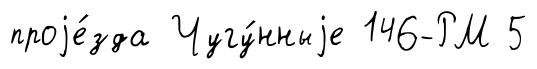
проjе́зда Чугу́нныjе 146-РМ 5